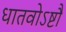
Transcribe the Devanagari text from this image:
धातवोऽष्टौ